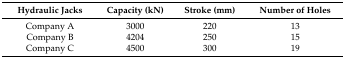
<table><thead><tr><td><b>Hydraulic Jacks</b></td><td><b>Capacity (kN)</b></td><td><b>Stroke (mm)</b></td><td><b>Number of Holes</b></td></tr></thead><tbody><tr><td>Company A</td><td>3000</td><td>220</td><td>13</td></tr><tr><td>Company B</td><td>4204</td><td>250</td><td>15</td></tr><tr><td>Company C</td><td>4500</td><td>300</td><td>19</td></tr></tbody></table>